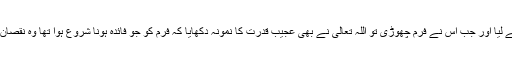
فرم کو چھوڑ کر اس نے پرائیویٹ کالج میں داخلہ لے لیا اور جب اس نے فرم چھوڑی تو اللہ تعالیٰ نے بھی عجیب قدرت کا نمونہ دکھایا کہ فرم کو جو فائدہ ہونا شروع ہوا تھا وہ نقصان ہونے لگا اور کام آہستہ آہستہ بالکل ختم ہوتا چلا گیا۔